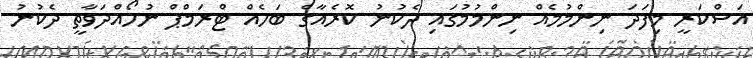
އަސްކަރީ މިފަދަ ނިންމުމެއް ނިންމުމުގައި ދެކުނު ކޮރެއާގެ ބަހެއް ޓްރަމްޕް ނުހޯއްދަވާތީ ދެކުނު